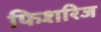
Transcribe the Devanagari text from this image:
फिशरिज